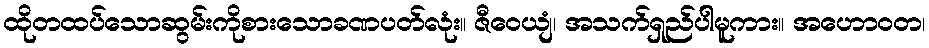
ထိုတထပ်သောဆွမ်းကိုစားသောခဏပတ်လုံး။ ဇီဝေယျံ၊ အသက်ရှည်ပါမူကား။ အဟောဝတ၊